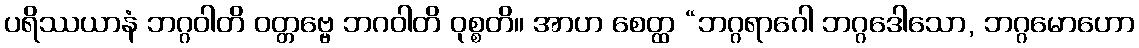
ပရိဿယာနံ ဘဂ္ဂဝါတိ ဝတ္တဗ္ဗေ ဘဂဝါတိ ဝုစ္စတိ။ အာဟ စေတ္ထ “ဘဂ္ဂရာဂေါ ဘဂ္ဂဒေါသော, ဘဂ္ဂမောဟော